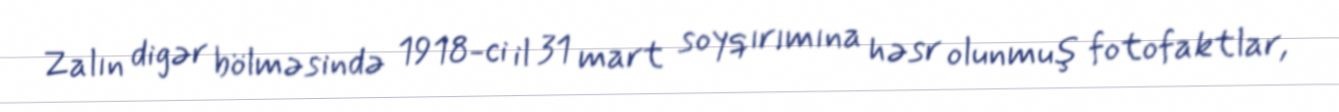
Zalın digər bölməsində 1918-ci il 31 mart soyqırımına həsr olunmuş fotofaktlar,